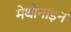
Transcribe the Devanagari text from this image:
मेथोनाइन